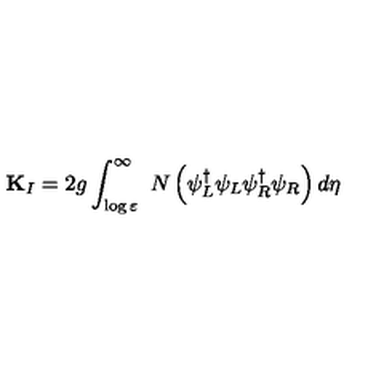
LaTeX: { \bf K } _ { I } = 2 g \int _ { \log \varepsilon } ^ { \infty } \ N \left( \psi _ { L } ^ { \dagger } \psi _ { L } \psi _ { R } ^ { \dagger } \psi _ { R } \right) d \eta